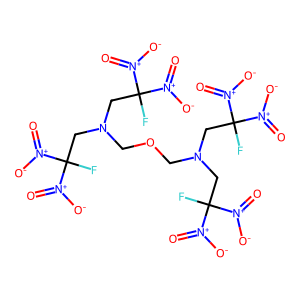
SMILES: O=[N+]([O-])C(F)(CN(COCN(CC(F)([N+](=O)[O-])[N+](=O)[O-])CC(F)([N+](=O)[O-])[N+](=O)[O-])CC(F)([N+](=O)[O-])[N+](=O)[O-])[N+](=O)[O-]
Inhibits HIV replication: No